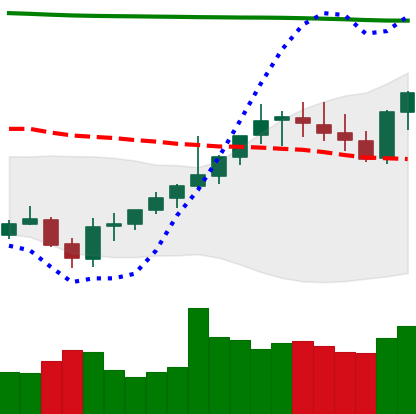
Ticker: XMR-USD
Chart end date: 2021-08-05
Forward return: 5.264%
Label: up_5_7